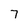
Character: 7